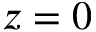
z = 0